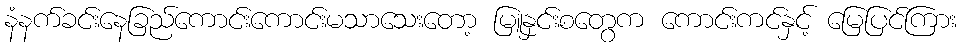
နံနက်ခင်းနေခြည်ကောင်းကောင်းမသာသေးတော့ မြူနှင်းစတွေက ကောင်းကင်နှင့် မြေပြင်ကြား